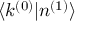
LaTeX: \langle k ^ { ( 0 ) } | n ^ { ( 1 ) } \rangle